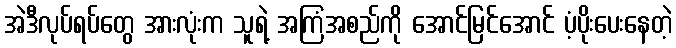
အဲဒီလုပ်ရပ်တွေ အားလုံးက သူရဲ့ အကြံအစည်ကို အောင်မြင်အောင် ပံ့ပိုးပေးနေတဲ့